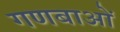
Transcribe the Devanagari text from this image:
गणबाओं